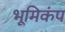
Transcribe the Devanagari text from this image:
भूमिकंप